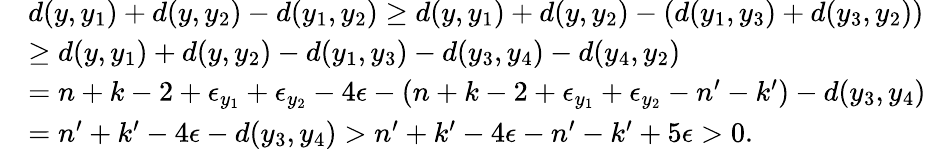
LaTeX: \begin{array}{rl}&{d(y,y_{1})+d(y,y_{2})-d(y_{1},y_{2})\geq d(y,y_{1})+d(y,y_{2})-(d(y_{1},y_{3})+d(y_{3},y_{2}))}\\ &{\geq d(y,y_{1})+d(y,y_{2})-d(y_{1},y_{3})-d(y_{3},y_{4})-d(y_{4},y_{2})}\\ &{=n+k-2+\epsilon_{y_{1}}+\epsilon_{y_{2}}-4\epsilon-(n+k-2+\epsilon_{y_{1}}+\epsilon_{y_{2}}-n^{\prime}-k^{\prime})-d(y_{3},y_{4})}\\ &{=n^{\prime}+k^{\prime}-4\epsilon-d(y_{3},y_{4})>n^{\prime}+k^{\prime}-4\epsilon-n^{\prime}-k^{\prime}+5\epsilon>0.}\end{array}